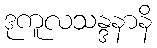
ဒုကူလသန္ဒနာနိ